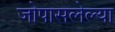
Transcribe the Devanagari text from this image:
जोपासलेल्या